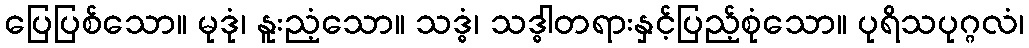
ပြေပြစ်သော။ မုဒုံ၊ နူးညံ့သော။ သဒ္ဓံ၊ သဒ္ဓါတရားနှင့်ပြည့်စုံသော။ ပုရိသပုဂ္ဂလံ၊